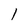
Character: l